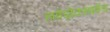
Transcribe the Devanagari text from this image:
हाईड्रोक्साईड